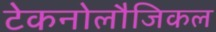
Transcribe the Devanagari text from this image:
टेकनोलौजिकल